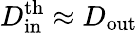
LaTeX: D_{\mathrm{in}}^{\mathrm{th}}\approx D_{\mathrm{out}}